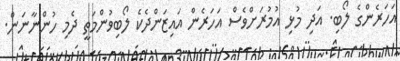
އަހަރެންގެ ލޯބި. އަދި މުޅި އުމުރަށްވެސް އަހަރެން އައިޒަންދެކެ ލޯބިވުންމަތީ ދެމި ހުންނާނަން.